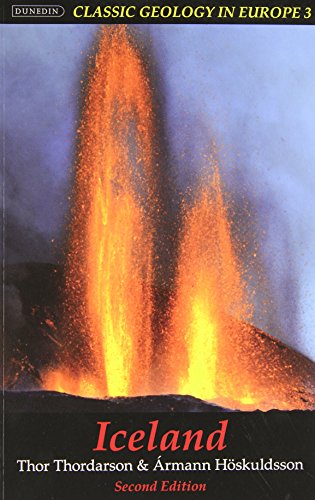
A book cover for Iceland: Second Edition (Classic Geology in Europe); Thor Thordarson; Science & Math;